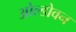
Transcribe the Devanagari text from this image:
ओल्डोवन